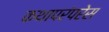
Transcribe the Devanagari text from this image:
कथापरंपरेस